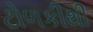
ટોળકીથી